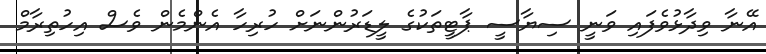
އޭނާ ވިދާޅުވެފައި ވަނީ ސިޔާސީ ޕާޓީތަކުގެ ލީޑަރުންނަށް ހުރިހާ އެންމެން ވެސް އިހުތިރާމް